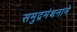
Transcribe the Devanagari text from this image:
समुद्रमंथनाने